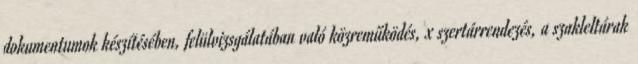
dokumentumok készítésében, felülvizsgálatában való közreműködés, x szertárrendezés, a szakleltárak